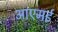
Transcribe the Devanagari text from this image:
आएमई